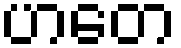
ဟတေ